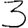
Digit: 3